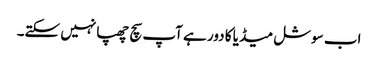
اب سوشل میڈیا کا دور ہے آپ سچ چھپانہیں سکتے۔